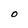
Character: O